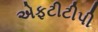
એફટીટીપી